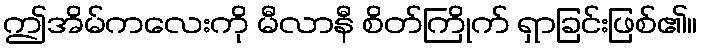
ဤအိမ်ကလေးကို မီလာနီ စိတ်ကြိုက် ရှာခြင်းဖြစ်၏။